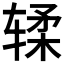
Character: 𫐓